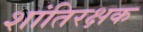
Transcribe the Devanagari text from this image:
शांतिरक्षक